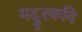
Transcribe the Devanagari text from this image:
मदुरकवि